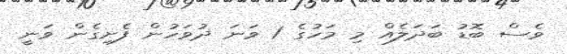
ވެސް ބޮޑު ބަދަލެއް މި މަހުގެ 1 ވަނަ ދުވަހުން ފެށިގެން ވަނީ